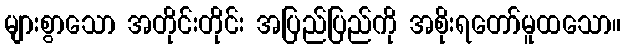
များစွာသော အတိုင်းတိုင်း အပြည်ပြည်ကို အစိုးရတော်မူထသော။